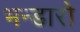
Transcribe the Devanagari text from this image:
भन्डारो